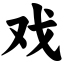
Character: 戏